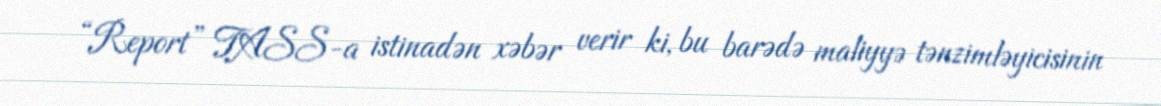
“Report” TASS-a istinadən xəbər verir ki, bu barədə maliyyə tənzimləyicisinin